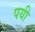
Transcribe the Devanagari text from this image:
पयी